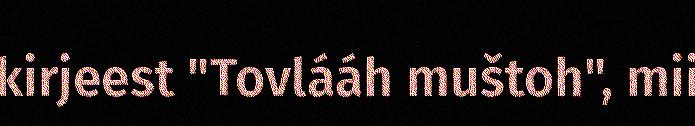
kirjeest "Tovlááh muštoh", mii